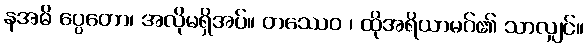
နအဓိ ပ္ပေတော၊ အလိုမရှိအပ်။ တဿေဝ ၊ ထိုအရိယာမဂ်၏ သာလျှင်။